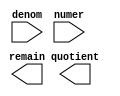
module div_com_mass (
	denom,
	numer,
	quotient,
	remain);

	input	[9:0]  denom;
	input	[29:0]  numer;
	output	[29:0]  quotient;
	output	[9:0]  remain;

endmodule